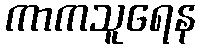
ကာကသူရေန